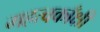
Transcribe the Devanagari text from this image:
महत्वकाँक्षी